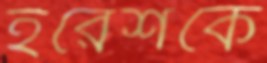
ইরেশকে